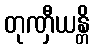
တုဏှီယန္တိ